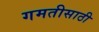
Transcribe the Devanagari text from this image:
गमतीसाठी